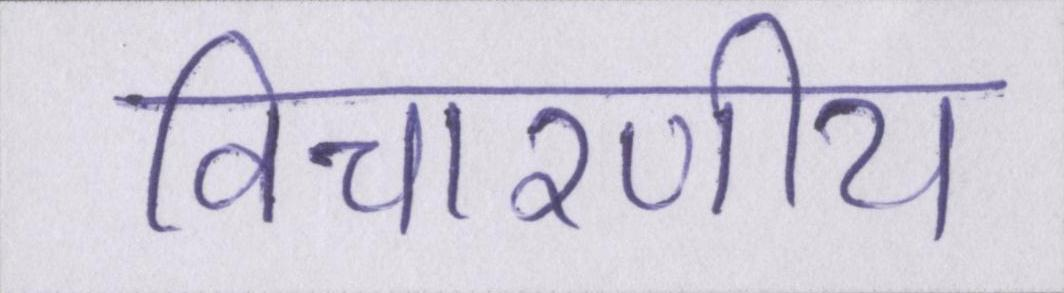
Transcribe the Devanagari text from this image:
विचारणीय